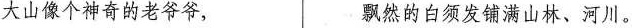
大山像个神奇的老爷爷， 飘然的白须发铺满山林、河川。